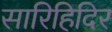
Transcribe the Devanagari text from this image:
सारिहिदिर